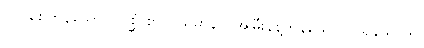
လှုပ်စေကုန်သော။ (ပုစ္ဆံ စာလယမာနာ၊ အမြီးနန့်ကုန်သော။) သုနခါဝိယ၊